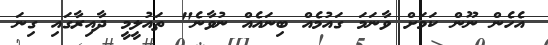
އެހެން ނޫން ކަމަށް ވާނަމަ ގައުމެއް ބިނައެއް ނުވާނެ" ތައުލީމީ ދާއިރާގައި ގިނަ